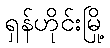
ရှန်ဟိုင်းမြို့